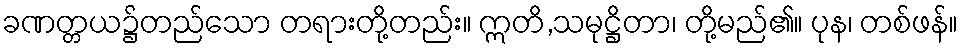
ခဏတ္တယ၌တည်သော တရားတို့တည်း။ ဣတိ,သမုဋ္ဌိတာ၊ တို့မည်၏။ ပုန၊ တစ်ဖန်။